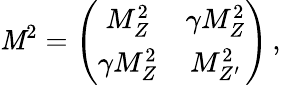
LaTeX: {\cal\mathit{M}}^{2}=\left(\begin{array}{cc}{{M_{Z}^{2}}}&{{\gamma M_{Z}^{2}}}\\ {{\gamma M_{Z}^{2}}}&{{M_{Z^{\prime}}^{2}}}\end{array}\right)\, ,